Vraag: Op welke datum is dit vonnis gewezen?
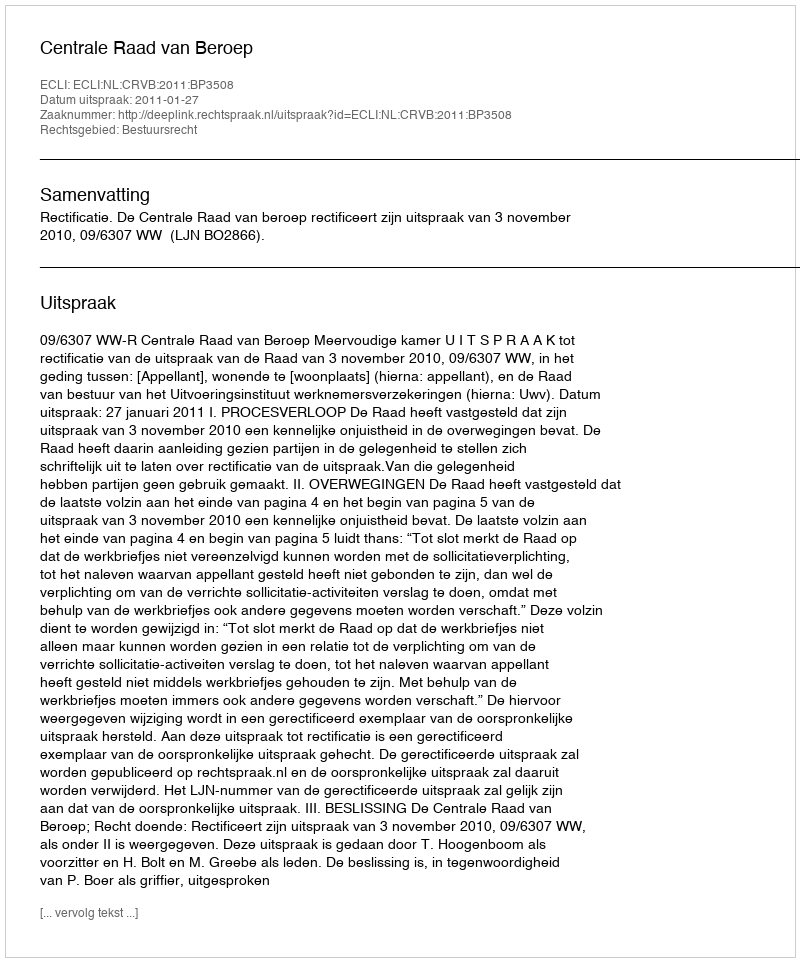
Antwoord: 2011-01-27